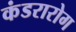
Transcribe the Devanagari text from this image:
कंडरारोग